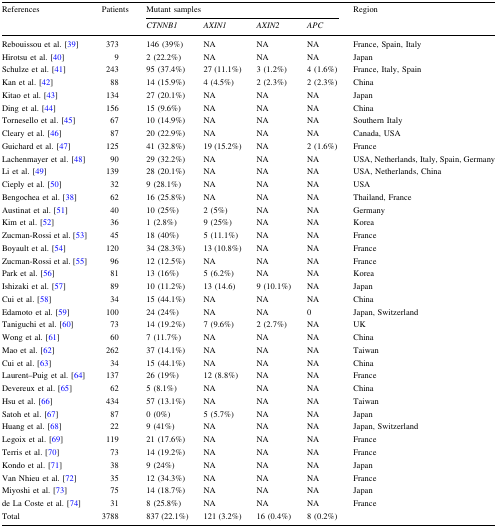
<table><thead><tr><td rowspan="2"><b>References</b></td><td rowspan="2"><b>Patients </b></td><td colspan="4"><b>Mutant samples</b></td><td rowspan="2"><b>Region</b></td></tr><tr><td><b><i>CTNNB1</i></b></td><td><b><i>AXIN1</i></b></td><td><b><i>AXIN2</i></b></td><td><b><i>APC</i></b></td></tr></thead><tbody><tr><td>Rebouissou et al. [39]</td><td>373</td><td>146 (39%)</td><td>NA</td><td>NA</td><td>NA</td><td>France, Spain, Italy</td></tr><tr><td>Hirotsu et al. [40]</td><td>9</td><td>2 (22.2%)</td><td>NA</td><td>NA</td><td>NA</td><td>Japan</td></tr><tr><td>Schulze et al. [41]</td><td>243</td><td>95 (37.4%)</td><td>27 (11.1%)</td><td>3 (1.2%)</td><td>4 (1.6%)</td><td>France, Italy, Spain</td></tr><tr><td>Kan et al. [42]</td><td>88</td><td>14 (15.9%)</td><td>4 (4.5%)</td><td>2 (2.3%)</td><td>2 (2.3%)</td><td>China</td></tr><tr><td>Kitao et al. [43]</td><td>134</td><td>27 (20.1%)</td><td>NA</td><td>NA</td><td>NA</td><td>Japan</td></tr><tr><td>Ding et al. [44]</td><td>156</td><td>15 (9.6%)</td><td>NA</td><td>NA</td><td>NA</td><td>China</td></tr><tr><td>Tornesello et al. [45]</td><td>67</td><td>10 (14.9%)</td><td>NA</td><td>NA</td><td>NA</td><td>Southern Italy</td></tr><tr><td>Cleary et al. [46]</td><td>87</td><td>20 (22.9%)</td><td>NA</td><td>NA</td><td>NA</td><td>Canada, USA</td></tr><tr><td>Guichard et al. [47]</td><td>125</td><td>41 (32.8%)</td><td>19 (15.2%)</td><td>NA</td><td>2 (1.6%)</td><td>France</td></tr><tr><td>Lachenmayer et al. [48]</td><td>90</td><td>29 (32.2%)</td><td>NA</td><td>NA</td><td>NA</td><td>USA, Netherlands, Italy, Spain, Germany</td></tr><tr><td>Li et al. [49]</td><td>139</td><td>28 (20.1%)</td><td>NA</td><td>NA</td><td>NA</td><td>USA, Netherlands, China</td></tr><tr><td>Cieply et al. [50]</td><td>32</td><td>9 (28.1%)</td><td>NA</td><td>NA</td><td>NA</td><td>USA</td></tr><tr><td>Bengochea et al. [38]</td><td>62</td><td>16 (25.8%)</td><td>NA</td><td>NA</td><td>NA</td><td>Thailand, France</td></tr><tr><td>Austinat et al. [51]</td><td>40</td><td>10 (25%)</td><td>2 (5%)</td><td>NA</td><td>NA</td><td>Germany</td></tr><tr><td>Kim et al. [52]</td><td>36</td><td>1 (2.8%)</td><td>9 (25%)</td><td>NA</td><td>NA</td><td>Korea</td></tr><tr><td>Zucman-Rossi et al. [53]</td><td>45</td><td>18 (40%)</td><td>5 (11.1%)</td><td>NA</td><td>NA</td><td>France</td></tr><tr><td>Boyault et al. [54]</td><td>120</td><td>34 (28.3%)</td><td>13 (10.8%)</td><td>NA</td><td>NA</td><td>France</td></tr><tr><td>Zucman-Rossi et al. [55]</td><td>96</td><td>12 (12.5%)</td><td>NA</td><td>NA</td><td>NA</td><td>France</td></tr><tr><td>Park et al. [56]</td><td>81</td><td>13 (16%)</td><td>5 (6.2%)</td><td>NA</td><td>NA</td><td>Korea</td></tr><tr><td>Ishizaki et al. [57]</td><td>89</td><td>10 (11.2%)</td><td>13 (14.6)</td><td>9 (10.1%)</td><td>NA</td><td>Japan</td></tr><tr><td>Cui et al. [58]</td><td>34</td><td>15 (44.1%)</td><td>NA</td><td>NA</td><td>NA</td><td>China</td></tr><tr><td>Edamoto et al. [59]</td><td>100</td><td>24 (24%)</td><td>NA</td><td>NA</td><td>0</td><td>Japan, Switzerland</td></tr><tr><td>Taniguchi et al. [60]</td><td>73</td><td>14 (19.2%)</td><td>7 (9.6%)</td><td>2 (2.7%)</td><td>NA</td><td>UK</td></tr><tr><td>Wong et al. [61]</td><td>60</td><td>7 (11.7%)</td><td>NA</td><td>NA</td><td>NA</td><td>China</td></tr><tr><td>Mao et al. [62]</td><td>262</td><td>37 (14.1%)</td><td>NA</td><td>NA</td><td>NA</td><td>Taiwan</td></tr><tr><td>Cui et al. [63]</td><td>34</td><td>15 (44.1%)</td><td>NA</td><td>NA</td><td>NA</td><td>China</td></tr><tr><td>Laurent–Puig et al. [64]</td><td>137</td><td>26 (19%)</td><td>12 (8.8%)</td><td>NA</td><td>NA</td><td>France</td></tr><tr><td>Devereux et al. [65]</td><td>62</td><td>5 (8.1%)</td><td>NA</td><td>NA</td><td>NA</td><td>China</td></tr><tr><td>Hsu et al. [66]</td><td>434</td><td>57 (13.1%)</td><td>NA</td><td>NA</td><td>NA</td><td>Taiwan</td></tr><tr><td>Satoh et al. [67]</td><td>87</td><td>0 (0%)</td><td>5 (5.7%)</td><td>NA</td><td>NA</td><td>Japan</td></tr><tr><td>Huang et al. [68]</td><td>22</td><td>9 (41%)</td><td>NA</td><td>NA</td><td>NA</td><td>Japan, Switzerland</td></tr><tr><td>Legoix et al. [69]</td><td>119</td><td>21 (17.6%)</td><td>NA</td><td>NA</td><td>NA</td><td>France</td></tr><tr><td>Terris et al. [70]</td><td>73</td><td>14 (19.2%)</td><td>NA</td><td>NA</td><td>NA</td><td>France</td></tr><tr><td>Kondo et al. [71]</td><td>38</td><td>9 (24%)</td><td>NA</td><td>NA</td><td>NA</td><td>Japan</td></tr><tr><td>Van Nhieu et al. [72]</td><td>35</td><td>12 (34.3%)</td><td>NA</td><td>NA</td><td>NA</td><td>France</td></tr><tr><td>Miyoshi et al. [73]</td><td>75</td><td>14 (18.7%)</td><td>NA</td><td>NA</td><td>NA</td><td>Japan</td></tr><tr><td>de La Coste et al. [74]</td><td>31</td><td>8 (25.8%)</td><td>NA</td><td>NA</td><td>NA</td><td>France</td></tr><tr><td>Total</td><td>3788</td><td>837 (22.1%)</td><td>121 (3.2%)</td><td>16 (0.4%)</td><td>8 (0.2%)</td><td></td></tr></tbody></table>